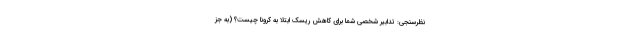
نظرسنجی: تدابیر شخصی شما برای کاهش ریسک ابتلا به کرونا چیست؟ (به جز